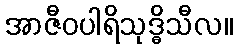
အာဇီဝပါရိသုဒ္ဓိသီလ။